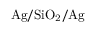
\mathrm { A g / S i O _ { 2 } / A g }